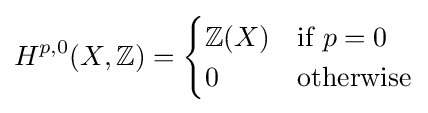
H^{p,0}(X,\mathbb {Z} )={\begin{cases}\mathbb {Z} (X)&{\text{if }}p=0\\0&{\text{otherwise}}\end{cases}}